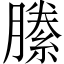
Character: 縢